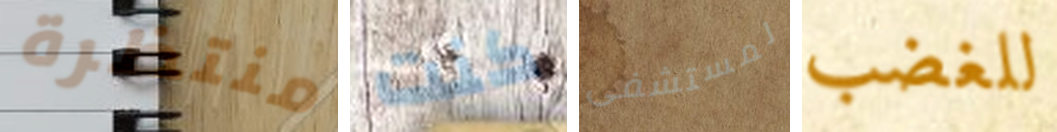
منتظرة كنت لمستشفى للغضب